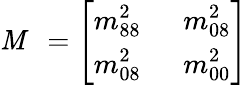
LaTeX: {\cal\mathit{M}}~~=\left[\begin{array}{lll}{{\displaystyle m_{88}^{2}}}&{{~~\displaystyle m_{08}^{2}}}\\ {{\displaystyle m_{08}^{2}}}&{{~~\displaystyle m_{00}^{2}}}\end{array}\right]